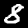
Label: 8